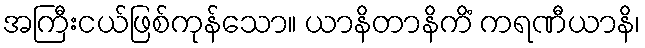
အကြီးငယ်ဖြစ်ကုန်သော။ ယာနိတာနိကိံ ကရဏီယာနိ၊